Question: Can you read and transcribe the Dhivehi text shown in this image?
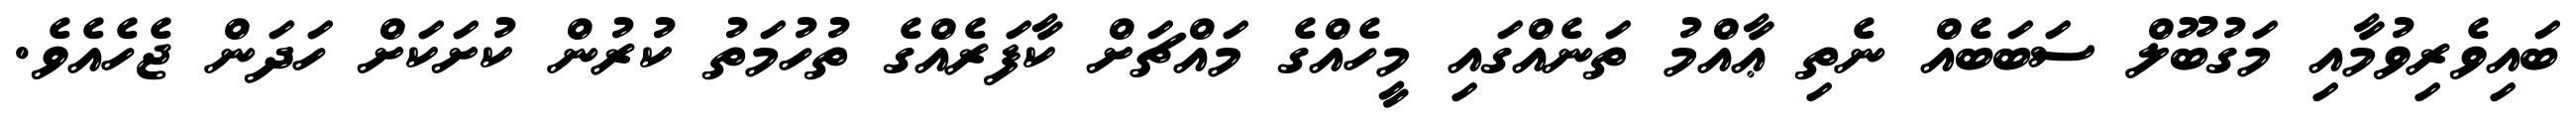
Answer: ބައިވެރިވުމާއި މަގުބޫލް ސަބަބެއް ނެތި ޢާއްމު ތަނެއްގައި މީހެއްގެ މައްޗަށް ކާފަރެއްގެ ތުހުމަތު ކުރުން ކުށަކަށް ހަދަން ޖެހެއެވެ.